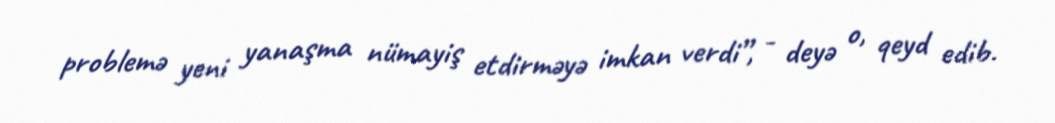
problemə yeni yanaşma nümayiş etdirməyə imkan verdi”, - deyə o, qeyd edib.